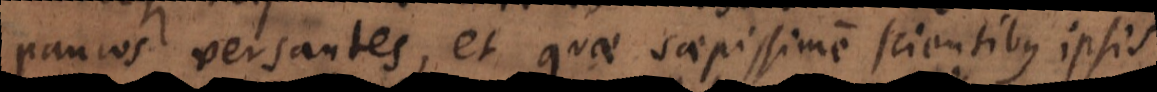
paucos versantes, et quae saepissime scientibus ipsis